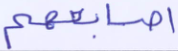
أصابعهم